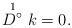
LaTeX: \begin{align*}\stackrel{1}{D^{\circ}}k=0 .\end{align*}